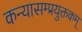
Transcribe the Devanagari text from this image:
कन्यासम्प्रयुक्तकम्